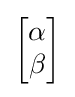
{\begin{bmatrix}\alpha \\\beta \end{bmatrix}}